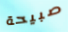
صبيحة